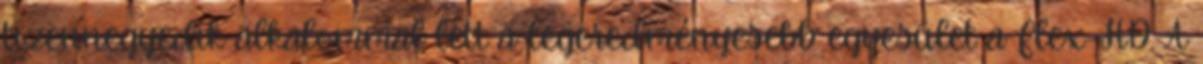
tizennegyedik alkalommal lett a legeredményesebb egyesület a Flex-HD. A